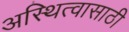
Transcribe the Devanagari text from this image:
अस्थित्वासाठी